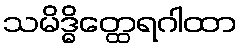
သမိဒ္ဓိတ္ထေရဂါထာ